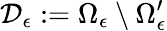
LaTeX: \mathcal{D}_{\epsilon}:=\Omega_{\epsilon}\setminus\Omega_{\epsilon}^{\prime}